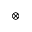
\otimes